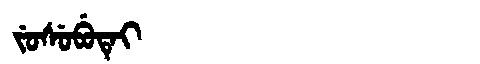
Manchu: ᠵᡠᠰᡠᠪᡠᡨᡝᡳ
Romanization: JUSUBUTEI